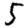
Digit: 5